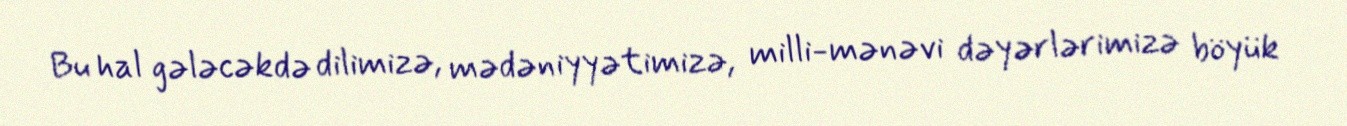
Bu hal gələcəkdə dilimizə, mədəniyyətimizə, milli-mənəvi dəyərlərimizə böyük